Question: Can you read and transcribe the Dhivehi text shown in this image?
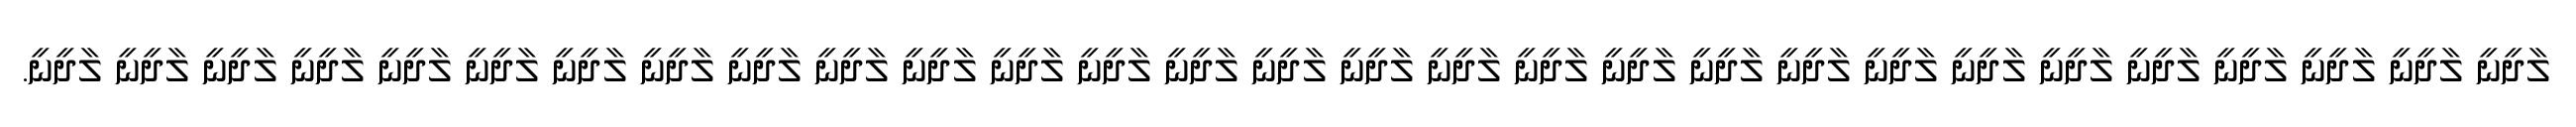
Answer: ލާދީނީ ލާދީނީ ލާދީނީ ލާދީނީ ލާދީނީ ލާދީނީ ލާދީނީ ލާދީނީ ލާދީނީ ލާދީނީ ލާދީނީ ލާދީނީ ލާދީނީ ލާދީނީ ލާދީނީ ލާދީނީ ލާދީނީ ލާދީނީ ލާދީނީ ލާދީނީ ލާދީނީ ލާދީނީ ލާދީނީ ލާދީނީ ލާދީނީ ލާދީނީ ލާދީނީ ލާދީނީ ލާދީނީ.